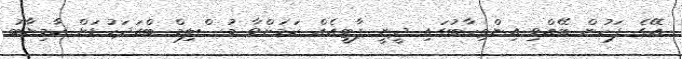
އޭގެ ފަހުން ބޭއްވި އިންތިހާބުގައި ދީނީ ޕާޓީއެއް ކަމަށްވާ މުސްލިމް ބްރަދަހުޑަށް ކާމިޔާބު